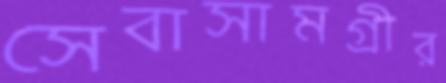
সেবাসামগ্রীর